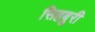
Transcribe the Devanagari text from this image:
सिहबुरी